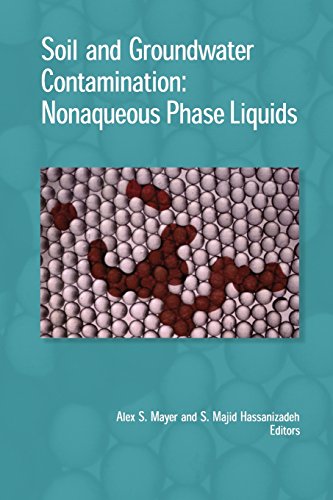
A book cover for Soil and Groundwater Contamination: Nonaqueous Phase Liquids; Science & Math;